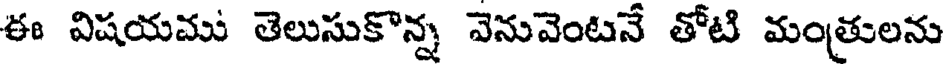
ఈ విషయము తెలుసుకొన్న వెనువెంటనే తోటి మంత్రులను